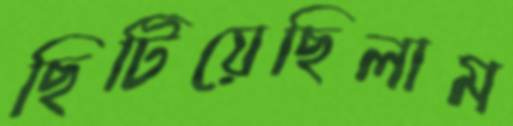
ছিটিয়েছিলাম